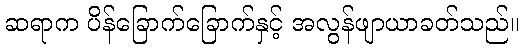
ဆရာက ပိန်ခြောက်ခြောက်နှင့် အလွန်ဖျာယာခတ်သည်။